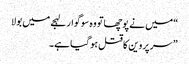
“ میں نے پوچھاتو وہ سوگوار لہجے میں بولا
” سر پروین کا قتل ہو گیا ہے۔